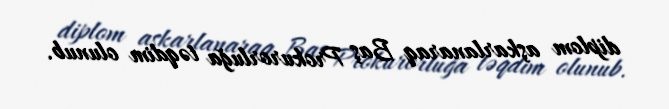
diplom aşkarlanaraq Baş Prokurorluğa təqdim olunub.